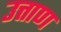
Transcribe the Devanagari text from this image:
उत्ताण